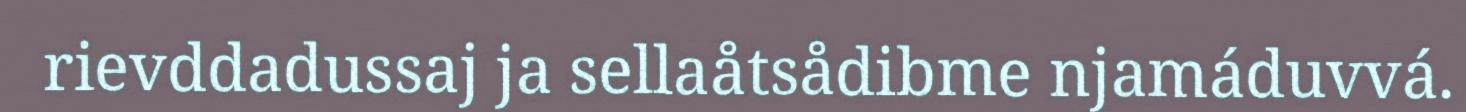
rievddadussaj ja sellaåtsådibme njamáduvvá.